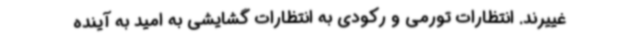
غییرند. انتظارات تورمی و رکودی به انتظارات گشایشی به امید به آینده